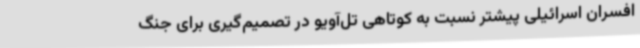
افسران اسرائیلی پیشتر نسبت به کوتاهی تل‌آویو در تصمیم‌گیری برای جنگ